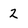
Character: 2